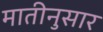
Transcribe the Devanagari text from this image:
मातीनुसार